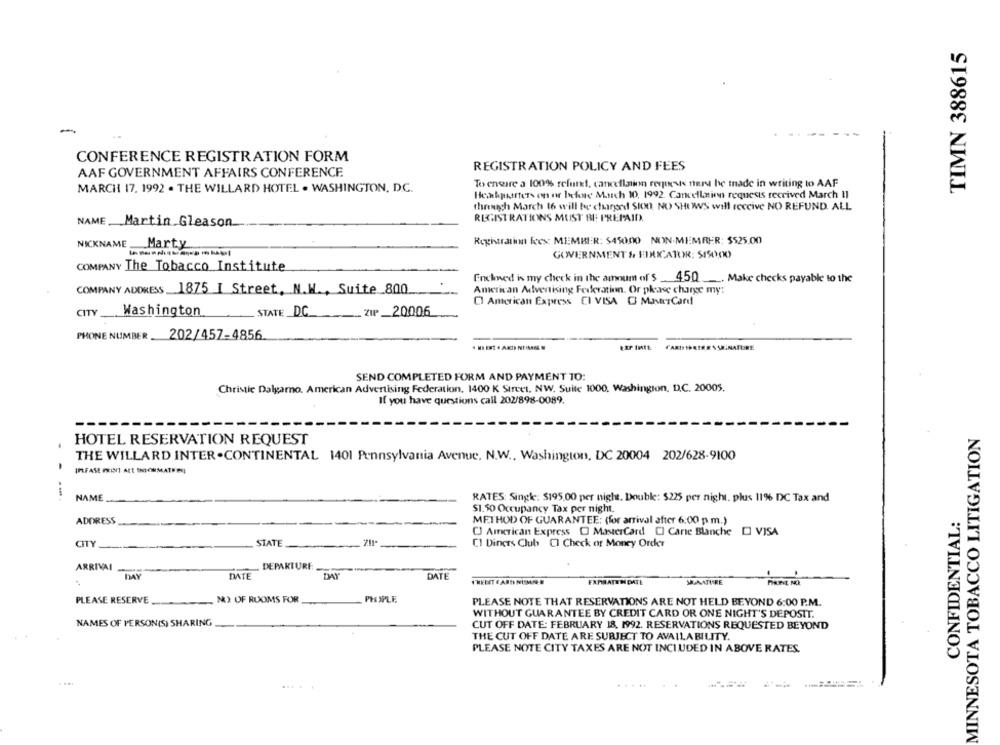
TIMN 388615
-
CONFERENCE REGISTRATION FORM
REGISTRATION POLICY AND FEES
AAF GOVERNMENT AFFAIRS CONFERENCE
To enwire a 100% refund, cancellation reresis nuru he tnade in writing to AAF
MARCH 17. 1992 . THE WILLARD HOTEL . WASHINGTON, D.C.
Henkparters on or befine Match 10, 1992. Cancellnien requests recrived March 11
theunch March 16 will be charged SIO0, NO SHI WWS will receive NO REFUND. ALL
REGISTRATIONS MUST BE PREPAID.
NAME. Martin Gleason
NICKNAME
Marty
Registration fees: MEMBER: 545000 NON-MEMBER: $525.00
GOVERNMENT & EDUCATOR: S15000
COMPANY The Tobacco Institute
Enekned is my check in the amoum of'$ _450
Make checks payable to the
COMPANY ADDRESS 1875 I Street, N.W ., Suite 800
American Advertising Federation. Or please charge my:
Ol American Express CI VISA O MasterCard!
CITY
Washington
STATE _D.C.
PHONE NUMBER_
202/457-4856
SEND COMPLETED FORM AND PAYMENT TO:
Christie Dalgarno. American Advertising Federation, 1400 K Street, NW. Suite 1000, Washington, D.C. 20005.
If you have questions call 202/898-0089.
MINNESOTA TOBACCO LITIGATION
HOTEL RESERVATION REQUEST
THE WILLARD INTER .CONTINENTAL 1401 Pennsylvania Avenue. N.W .. Washington, DC 20004 202/628-9100
IPFASE PRINT ALE SNORMATEN
.-.
NAME
RATES: Single: $195.00 per night. Double: $225 per night, plus 11% DC Tax and
$1.50 Occupancy Tax per night.
CONFIDENTIAL:
ADDRESS
METHOD OF GUARANTEE: (for arrival after 6:00 p. m.)
OJ American Express [ MasterCard "[] Carte Blanche [] VISA
CITY
STATE
CI Diners Club CI Check or Money Order
ARRIVAI
DEPARTURE
DAY
DATE
DAY
DATE
THEDET E ARTI NUMMER
FXPIRATEN DATE
SUMATITRE
PHUNE NO.
PLEASE RESERVE
NO) OF RUOMS FOR
PHYPLE
PLEASE NOTE THAT RESERVATIONS ARE NOT HELD BEYOND 6:00 P.M.
WITHOUT GUARANTEE BY CREDIT CARD OR ONE NIGHT'S DEPOSIT.
NAMES OF PERSON(S) SHARING
CUT OFF DATE: FEBRUARY 18, 1992. RESERVATIONS REQUESTED BEYOND
THE CUT OFF DATE ARE SUBJECT TO AVAILABILITY.
PLEASE NOTE CITY TAXES ARE NOT INCLUDED IN ABOVE RATES.